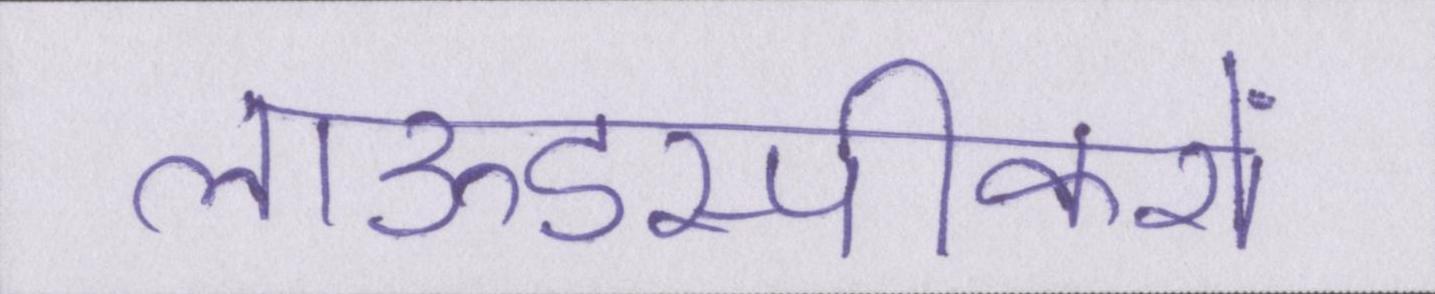
लाऊडस्पीकरों